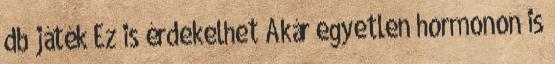
db játék Ez is érdekelhet Akár egyetlen hormonon is